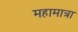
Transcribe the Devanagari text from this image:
महामात्रा